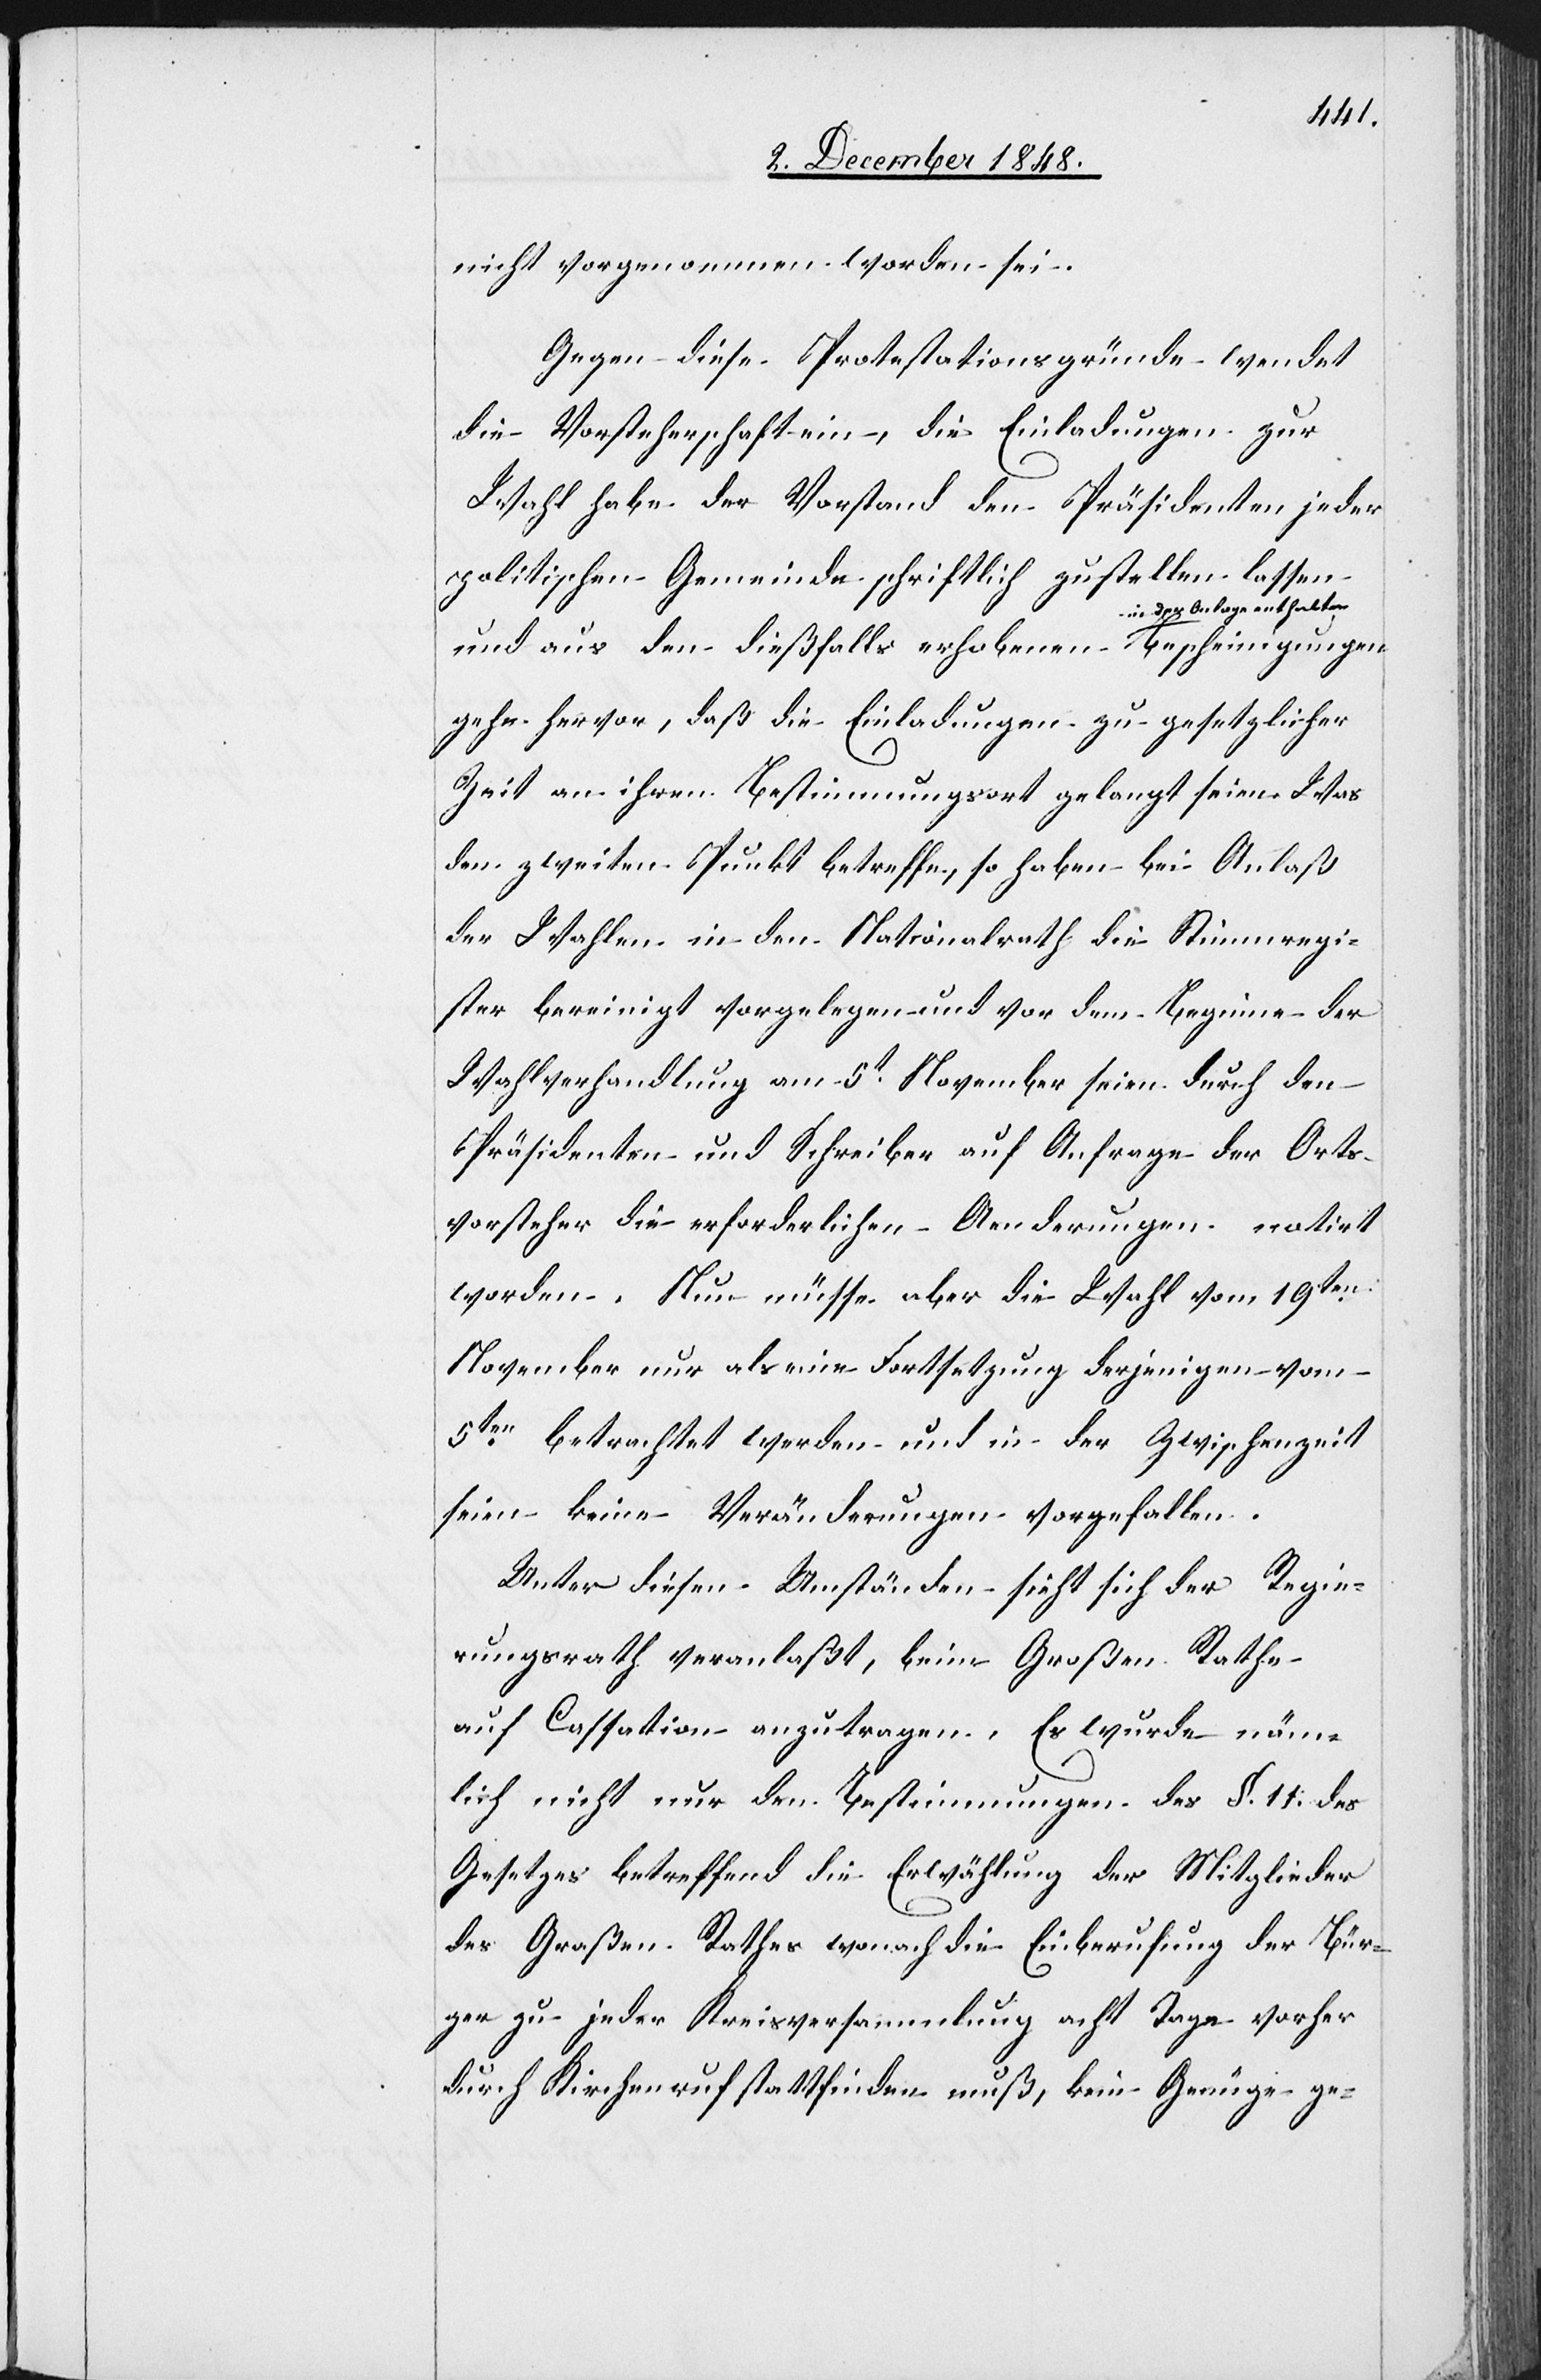
nicht vorgenommen worden sei.
Gegen diese Protestationsgründe wendet
die Vorsteherschaft ein, die Einladungen zur
Wahl habe der Vorstand den Präsidenten jeder
politischen Gemeinde schriftlich zustellen lassen
und aus den dießfalls erhobenen in der Anlage
gehe hervor, daß die Einladungen zu gesetzlicher
Zeit an ihren Bestimmungsort gelangt seien. Was
den zweiten Punkt betreffe, so haben bei Anlaß
der Wahlen in den Nationalrath die Stimmregi¬
ster bereinigt vorgelegen und vor dem Beginne der
Wahlverhandlung am 5t November seien durch den
Präsidenten und Schreiber auf Anfrage der Orts¬
vorsteher die erforderlichen Aenderungen notirt
worden. Nun müsse aber die Wahl vom 19ten
November nur als eine Fortsetzung derjenigen vom
5ten betrachtet werden und in der Zwischenzeit
seien keine Veränderungen vorgefallen.
Unter diesen Umständen sieht sich der Regie¬
rungsrath veranlaßt, beim Großen Rathe
auf Cassation anzutragen. Es wurde näm¬
lich nicht nur den Bestimmungen des §. 11. des
Gesetzes betreffend die Erwählung der Mitglieder
des Großen Rathes wonach die Einberufung der Bür¬
ger zu jeder Kreisversammlung acht Tage vorher
durch Kirchenruf stattfinden muß, kein Genüge ge-